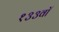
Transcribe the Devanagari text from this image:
१३३वॉ